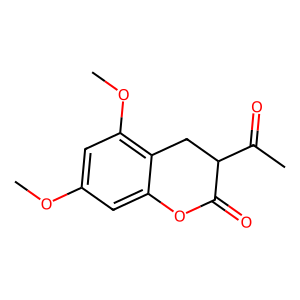
SMILES: COc1cc(OC)c2c(c1)OC(=O)C(C(C)=O)C2
Inhibits HIV replication: No